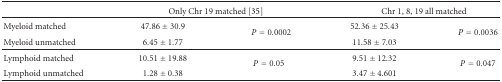
|  | <COLSPAN=2> Only Chr 19 matched [35] | <COLSPAN=2> Chr 1, 8, 19 all matched |
 | --- | --- | --- | --- | --- |
 | Myeloid matched | 47.86 ± 30.9 | <ROWSPAN=2> P = 0.0002 | 52.36 ± 25.43 | <ROWSPAN=2> P = 0.0036 |
 | Myeloid unmatched | 6.45 ± 1.77 | 11.58 ± 7.03 |
 | Lymphoid matched | 10.51 ± 19.88 | <ROWSPAN=2> P = 0.05 | 9.51 ± 12.32 | <ROWSPAN=2> P = 0.047 |
 | Lymphoid unmatched | 1.28 ± 0.38 | 3.47 ± 4.601 |